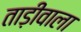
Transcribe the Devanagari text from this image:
ताड़ीवाला